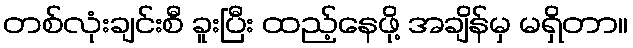
တစ်လုံးချင်းစီ ခူးပြီး ထည့်နေဖို့ အချိန်မှ မရှိတာ။